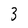
Character: 3